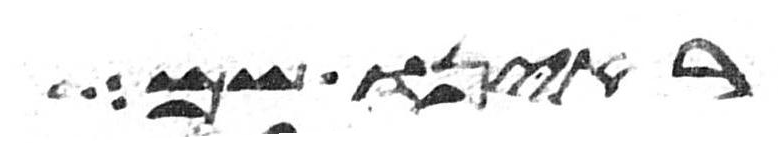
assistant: ראינו שם